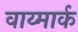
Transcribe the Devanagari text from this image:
वाय्मार्क